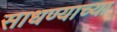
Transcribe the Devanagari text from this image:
साधण्याच्या